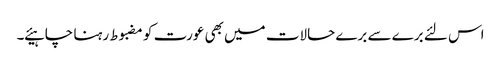
اس لئے برے سے برے حالات میں بھی عورت کو مضبوط رہنا چاہیئے ۔